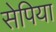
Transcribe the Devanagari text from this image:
सेपिया